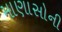
માણાસોની